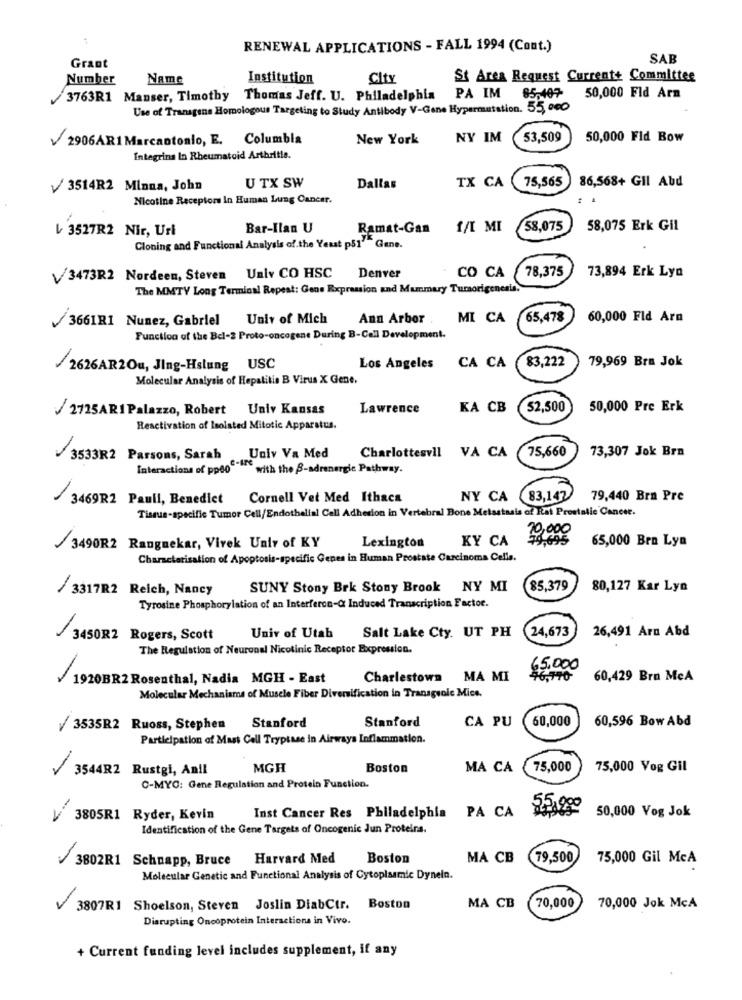
RENEWAL APPLICATIONS - FALL 1994 (Cont.)
SAB
Grant
Number
Name
Institution
City
St Area Request Current+ Committee
3763R1 Manser, Timothy Thomas Jeff. U. Philadelphia
PA IM
85,407
50,000 Fld Arm
Use of Transgene Homologous Targeting to Study Antibody V-Gene Hypermutation. 55, oco
2906AR1 Marcantonio, E. Columbia
New York
NY IM (53,509
50,000 Fld Bow
Integrins In Rheumatoid Arthritis.
TX CA 75,565
86,568+ Gil Abd
3514R2 Minna, John
U TX SW
Dallas
Nicotine Receptors In Human Lung Cancer.
৳ 3527R2 Nir, Uri
Bar-Ilan U
Ramat-Gan
f/I MI
58,075
58,075 Erk Gil
Cloning and Functional Analysis of.the Yeast p51' Gane.
78,375
V3473R2 Nordeen, Steven Unlv CO HSC Denver
CO CA
73,894 Erk Lyn
The MMTY Long Terminal Repeat: Gene Expression and Mummary Tumorigenesis.
3661R1 Nunez, Gabriel Univ of Mich
Ann Arbor
MI CA
65,478
60,000 Fld Arn
Function of the Bel-2 Proto-oncogene During B-Call Development.
83,222
79,969 Bra Jok
/2626AR2Ou, Jing-Hslung USC
Los Angeles
CA CA
Molecular Analysis of Hepatitis B Virus X Gene.
2725ARI Palazzo, Robert Univ Kansas
Lawrence
KA CB
52,500
50,000 Pre Erk
Reactivation of Isoisted Mitotic Apparatus.
75,660
73,307 Jok Bra
3533R2 Parsons, Sarah Univ Va Med Charlottesvil VA CA
Interactions of pp60 with the B-adrenergie Pathway.
3469R2 Paull, Benedict Cornell Vet Med Ithaca
-
NY CA 83,147
79,440 Bra Pre
Tissus-specific Tumor Cell/Endothelial Cell Adhesion in Vertebral Bone Metastasis of Rat Prostatic Cancer.
10,000
Lexington
KY CA
74,695
65,000 Bra Lyn
/3490R2 Rangnekar, Vivek Unir of KY
Characterisation of Apoptosis-specific Genes in Human Prostate Carcinoma Cells.
/3317R2 Reich, Nancy
SUNY Stony Brk Stony Brook NY MI
85,379
80,127 Kar Lyn
Tyrosine Phosphorylation of an Interferon-Q Induced Transcription Factor.
24,673
26,491 Arn Abd
3450R2 Rogers, Scott
Univ of Utab
Salt Lake Cty. UT PH
The Regulation of Neuronal Nicotinic Receptor Expression.
65.000
1920BR2 Rosenthal, Nadia MGH - East
Charlestown
MA MI
46.170
60,429 Bra MeA
Molecular Mechanisms of Muscle Fiber Diversification in Transgsole Mice.
Stanford
CA PU
60,000
60,596 Bow Abd
3535R2 Ruoss, Stephen
Stanford
Participation of Mast Cell Tryptase in Airways Inflammation.
3544R2 Rustgi, Anil
MGH
Boston
MA CA
75,000
75,000 Vog Gil
C-MYO: Gene Regulation and Protein Function.
Inst Cancer Res Philadelphia PA CA
55,000
50,000 Vog Jok
3805R1 Ryder, Kevin
Identification of the Gene Targets of Oncogenic Jun Proteins.
-
3802R1 Schnapp, Bruce Harvard Med
Boston
MA CB
79,500
75,000 Gil McA
Molecular Genetic and Functional Analysis of Cytoplasmic Dyneln.
3807R1 Shoelson, Steven Joslin DiabCtr. Boston
MA CB
70,000
70,000 Jok McA
Disrupting Oncoprotein Interactions in Vivo.
+ Current funding level includes supplement, if any